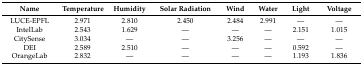
<table><thead><tr><td><b>Name</b></td><td><b>Temperature</b></td><td><b>Humidity</b></td><td><b>Solar Radiation</b></td><td><b>Wind</b></td><td><b>Water</b></td><td><b>Light</b></td><td><b>Voltage</b></td></tr></thead><tbody><tr><td>LUCE-EPFL</td><td>2.971</td><td>2.810</td><td>2.450</td><td>2.484</td><td>2.991</td><td>—</td><td>—</td></tr><tr><td>IntelLab</td><td>2.543</td><td>1.629</td><td>—</td><td>—</td><td>—</td><td>2.151</td><td>1.015</td></tr><tr><td>CitySense</td><td>3.034</td><td>—</td><td>—</td><td>3.256</td><td>—</td><td>—</td><td>—</td></tr><tr><td>DEI</td><td>2.589</td><td>2.510</td><td>—</td><td>—</td><td>—</td><td>0.592</td><td>—</td></tr><tr><td>OrangeLab</td><td>2.832</td><td>—</td><td>—</td><td>—</td><td>—</td><td>1.193</td><td>1.836</td></tr></tbody></table>